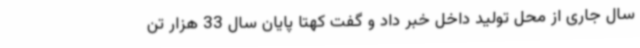
سال جاری از محل تولید داخل خبر داد و گفت کهتا پایان سال 33 هزار تن